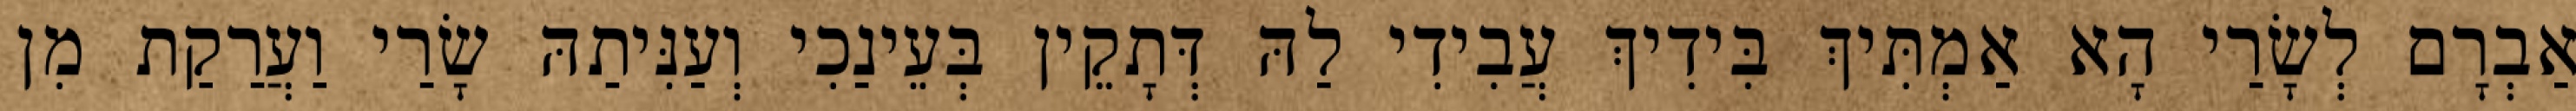
אַבְרָם לְשָׂרַי הָא אַמְתִּיךְ בִּידִיךְ עֲבִידִי לַהּ דְּתָקֵין בְּעֵינַכִי וְעַנִּיתַהּ שָׂרַי וַעֲרַקַת מִן